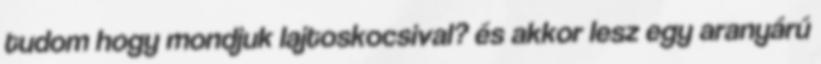
tudom hogy mondjuk lajtoskocsival? és akkor lesz egy aranyárú